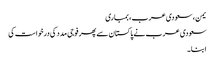
یمن، سعودی عرب، بمباری
سعودی عرب نے پاکستان سے پھر فوجی مدد کی درخواست کی
ابنا۔